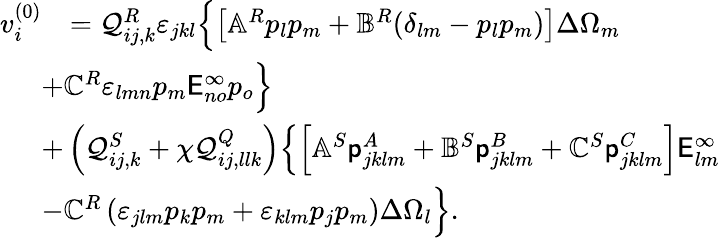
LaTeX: \begin{array}{rl}{v_{i}^{(0)}}&{=\mathcal{Q}_{ij,k}^{R}\varepsilon_{jkl}\Bigl\{ \left[\mathbb{A}^{R}p_{l}p_{m}+\mathbb{B}^{R}(\delta_{lm}-p_{l}p_{m})\right]\Delta\Omega_{m}}\\ &{\! \! \! \! \! \! +\mathbb{C}^{R}\varepsilon_{lmn}p_{m}\mathsf{E}_{no}^{\infty}p_{o}\Bigr\} }\\ &{\! \! \! \! \! \! +\left(\mathcal{Q}_{ij,k}^{S}+\chi\mathcal{Q}_{ij,llk}^{Q}\right)\Bigl\{ \left[\mathbb{A}^{S}{\mathsf{p}_{jklm}^{A}}+\mathbb{B}^{S}{\mathsf{p}_{jklm}^{B}}+\mathbb{C}^{S}{\mathsf{p}_{jklm}^{C}}\right]\mathsf{E}_{lm}^{\infty}}\\ &{\! \! \! \! \! \! -\mathbb{C}^{R}\left(\varepsilon_{jlm}p_{k}p_{m}+\varepsilon_{klm}p_{j}p_{m}\right)\Delta\Omega_{l}\Bigr\} .}\end{array}